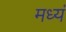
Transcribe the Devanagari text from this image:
मध्यं